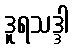
ဒူရသဒ္ဒါ